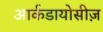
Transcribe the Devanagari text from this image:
आर्कडायोसीज़